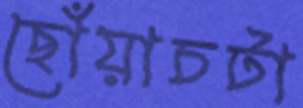
ছোঁয়াচটা